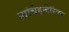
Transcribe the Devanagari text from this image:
त्यांचेहन्टेरियन